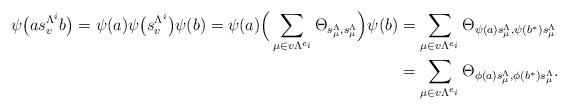
LaTeX: \begin{align*}\psi\big(as_v^{\Lambda^i}b\big)=\psi(a)\psi\big(s_v^{\Lambda^i}\big)\psi(b)=\psi(a)\Big(\sum_{\mu\in v\Lambda^{e_i}}\Theta_{s_\mu^\Lambda,s_\mu^\Lambda}\Big)\psi(b)&=\sum_{\mu\in v\Lambda^{e_i}}\Theta_{\psi(a)s_\mu^\Lambda,\psi(b^*)s_\mu^\Lambda}\\&=\sum_{\mu\in v\Lambda^{e_i}}\Theta_{\phi(a)s_\mu^\Lambda,\phi(b^*)s_\mu^\Lambda}.\end{align*}